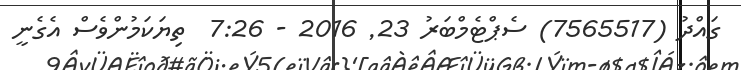
ގައްދު (7565517) ސެޕްޓެމްބަރު 23